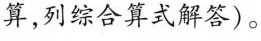
算，列综合算式解答)。